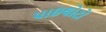
પાઇલોટો